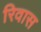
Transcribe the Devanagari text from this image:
रिवास